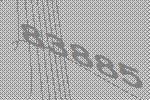
83885